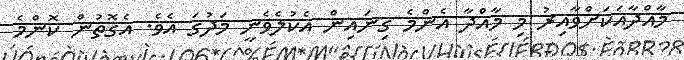
މާއްދާއަކަށްވާއިރު މި މާއްދާ އެންމެ ގިނައިން އެކުލެވެނީ މަދުގަ އެވެ. އެގޮތުން ކޮންމެ